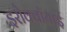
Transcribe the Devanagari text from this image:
इरोक्वॉयाई